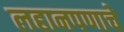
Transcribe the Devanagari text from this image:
लहानपणाचे